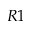
R 1